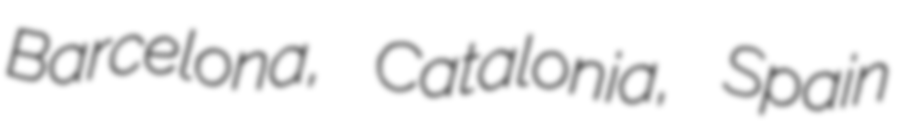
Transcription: Barcelona, Catalonia, Spain